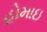
હોમાઇ